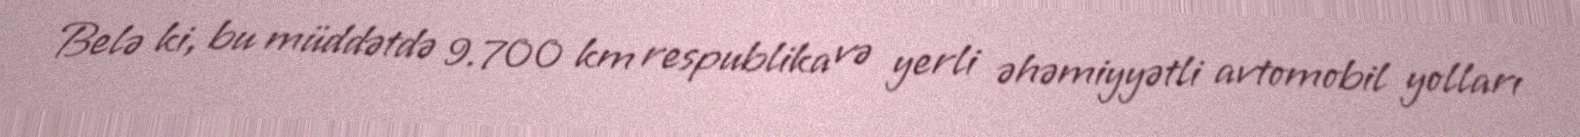
Belə ki, bu müddətdə 9.700 km respublika və yerli əhəmiyyətli avtomobil yolları